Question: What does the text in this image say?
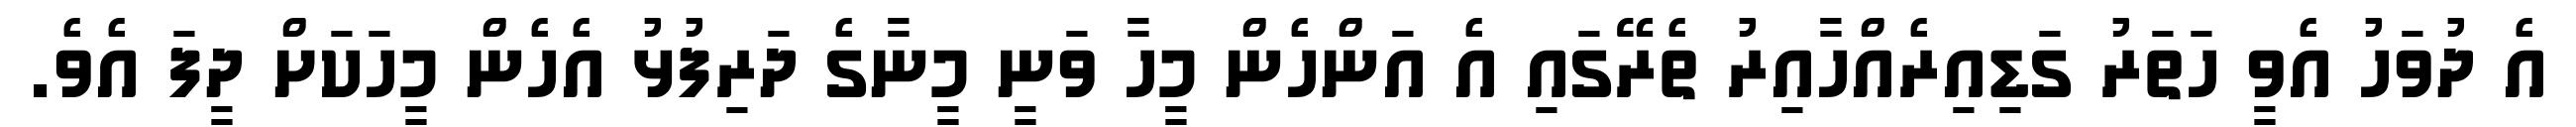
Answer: އެ ދުވަހު އެވީ ހަތަރު ގަޑިއިރެއްހާއިރު ތެރޭގައި އެ އަންހެން މީހާ ވަނީ މީނާގެ ދަރިފުޅު އެހެން މީހަކަށް ދީފަ އެވެ.